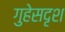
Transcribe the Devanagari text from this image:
गुहेसदृश